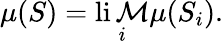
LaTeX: \mu(S)=\operatorname*{li\mathcal{M}}_{i}\mu(S_{i}).